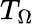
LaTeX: T_{\Omega}